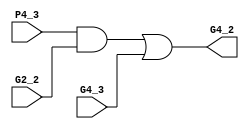
module Grey(G4_3,P4_3,G2_2,G4_2);
  input G4_3,P4_3,G2_2;
  output G4_2;
  wire s1 ;
  assign s1 = P4_3 & G2_2;
  assign G4_2=s1 | G4_3;
endmodule